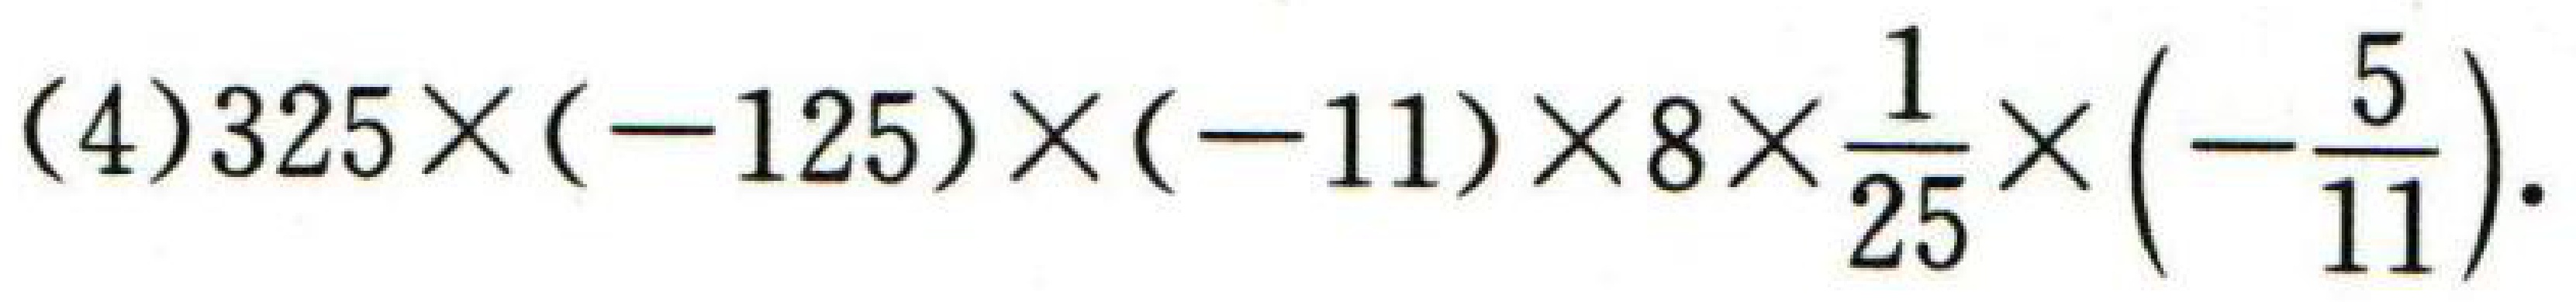
\((4)325\times(-125)\times(-11)\times8\times\frac{1}{25}\times(-\frac{5}{11})\)